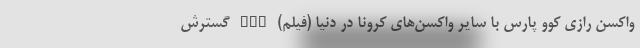
واکسن رازی کُوو پارس با سایر واکسن‌های کرونا در دنیا (فیلم) nan گسترش